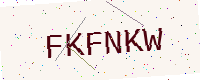
Text: FKFNKW